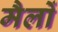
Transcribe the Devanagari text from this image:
मैलों